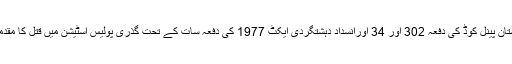
پولیس نے پاکستان پینل کوڈ کی دفعہ 302 اور 34 اورانسداد دہشتگردی ایکٹ 1977 کی دفعہ سات کے تحت گذری پولیس اسٹیشن میں قتل کا مقدمہ درج کیا تھا۔